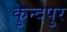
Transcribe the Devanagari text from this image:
कुन्दपुर